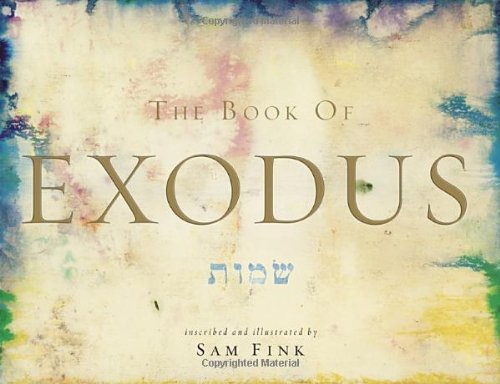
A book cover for The Book of Exodus (Limited Edition) (Hebrew Edition); Arts & Photography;